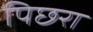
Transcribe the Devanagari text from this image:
पिछरा